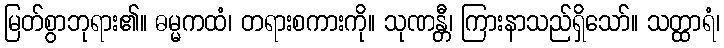
မြတ်စွာဘုရား၏။ ဓမ္မကထံ၊ တရားစကားကို။ သုဏန္တီ၊ ကြားနာသည်ရှိသော်။ သတ္ထာရံ၊